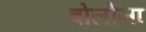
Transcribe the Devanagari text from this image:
बोलोञा